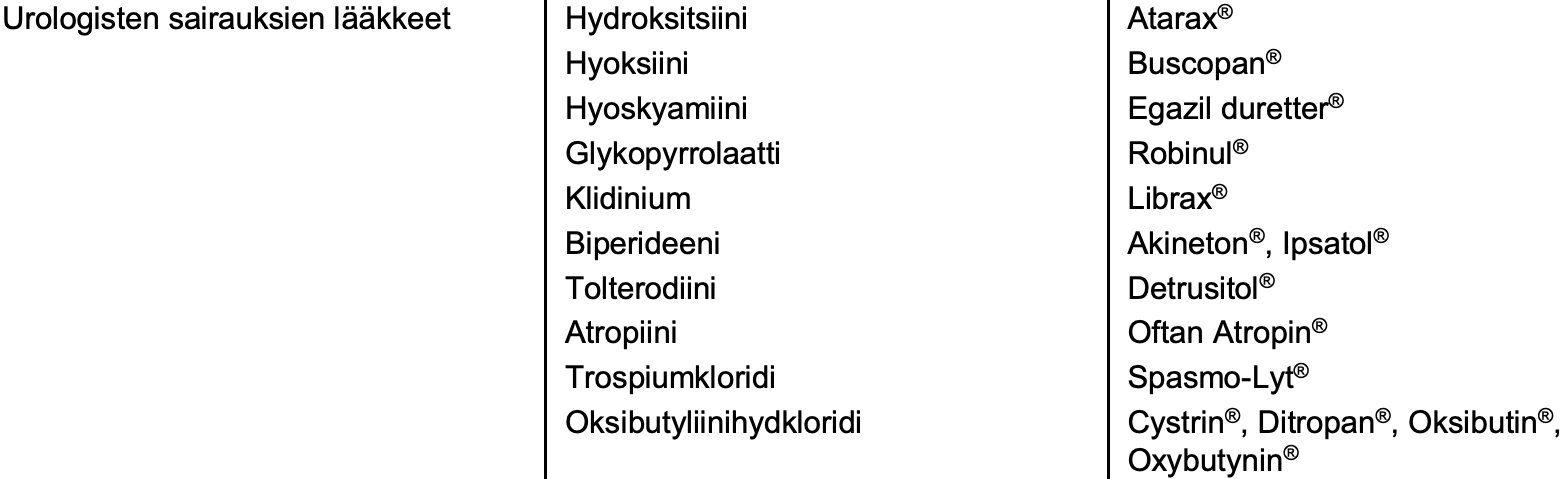
Urologisten sairauksien lääkkeet Hydroksitsiini Atarax® Hyoksiini          Buscopan® Hyoskyamiini       Egazilduretter® Glykopyrrolaatti   Robinul® Klidinium          Librax® Biperideeni        Akineton®, Ipsatol® Tolterodiini       Detrusitol® Atropiini          OftanAtropin® Trospiumkloridi    Spasmo-Lyt® Oksibutyliinihydkloridi Cystrin®, Ditropan®, Oksibutin®, Oxybutynin®